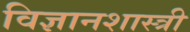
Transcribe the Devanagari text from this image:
विज्ञानशास्त्री